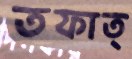
তফাত্